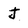
Character: J